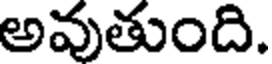
అవుతుంది.